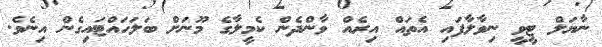
ނާޔަލް ޓީވީ ނިވާލާފައި އެތައް އިރެއް ވާންދެން ކެމީލާގެ މޫނަށް ބަލަހައްޓައިގެން އިނެވެ.